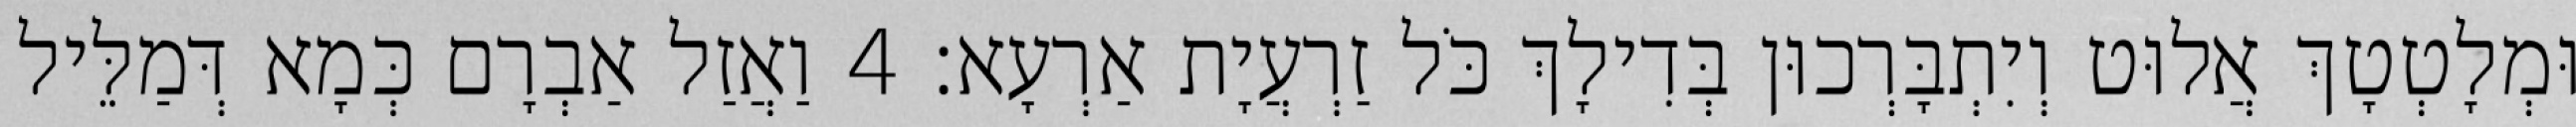
וּמְלָטְטָךְ אֲלוּט וְיִתְבָּרְכוּן בְּדִילָךְ כֹּל זַרְעֲיָת אַרְעָא׃ 4 וַאֲזַל אַבְרָם כְּמָא דְּמַלֵּיל